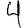
Digit: 4